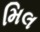
મિલ